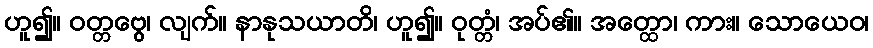
ဟူ၍။ ဝတ္တဗွေ၊ လျက်။ နာနုသယာတိ၊ ဟူ၍။ ဝုတ္တံ၊ အပ်၏။ အတ္ထော၊ ကား။ သောယေဝ၊